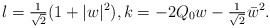
\begin{align*}l = \tfrac{1}{\sqrt{2}}(1+|w|^2),k = -2Q_0w-\tfrac{1}{\sqrt{2}}\bar w^2.\end{align*}